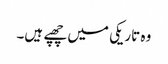
وہ تاریکی میں چھپے ہیں۔